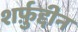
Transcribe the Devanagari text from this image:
शर्फ़ुद्दीन